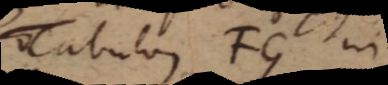
Tabulam FG in